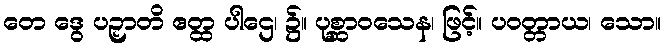
တေ ဒွေ ပဉှာတိ ဧတ္ထ ပါဌေ၊ ၌။ ပုစ္ဆာဝသေန၊ ဖြင့်။ ပဝတ္တာယ၊ သော။